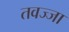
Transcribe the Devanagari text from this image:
तवज्जा